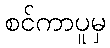
စင်ကာပူမှ